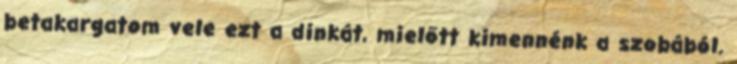
betakargatom vele ezt a dinkát, mielőtt kimennénk a szobából.